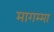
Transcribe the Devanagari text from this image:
मागम्मा